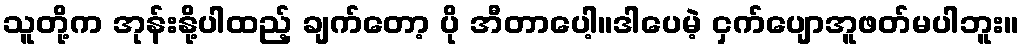
သူတို့က အုန်းနို့ပါထည့် ချက်တော့ ပို အီတာပေါ့။ဒါပေမဲ့ ငှက်ပျောအူဖတ်မပါဘူး။